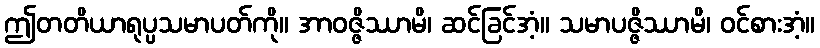
ဤတတိယာရုပ္ပသမာပတ်ကို။ အာဝဇ္ဇိဿာမိ၊ ဆင်ခြင်အံ့။ သမာပဇ္ဇိဿာမိ၊ ဝင်စားအံ့။